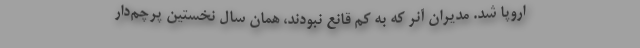
اروپا شد. مدیران آنر که به کم قانع نبودند، همان سال نخستین پرچم‌دار